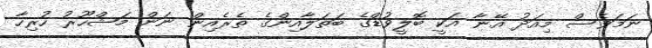
ނަމަވެސް މިއަދު އޭނާ އަކީ ބޮލީވުޑްގެ ބަތަލާއިންގެ ތެރެއިން ނަން މަޝްހޫރު ހުރިހާ